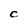
Character: C